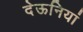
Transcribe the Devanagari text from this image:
देऊनियां